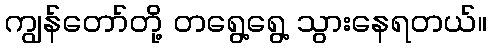
ကျွန်တော်တို့ တရွေ့ရွေ့ သွားနေရတယ်။